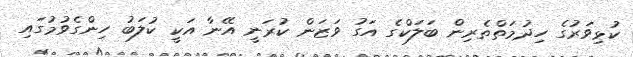
ކުޅިވަރުގެ ހިދުމަތްތެރިން ބަލަކްގެ އަގު ވަޒަން ކުރަނީ އޭނާ އަކީ ކުލަބު ހިންގެވުމުގައި